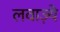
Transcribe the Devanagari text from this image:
लवाज़्ये